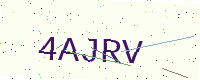
Text: 4AJRV